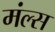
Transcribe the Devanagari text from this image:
मंल्स